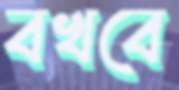
বখবে